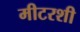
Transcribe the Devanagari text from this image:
मीटरशी